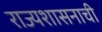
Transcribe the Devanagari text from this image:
राज्यशासनाची